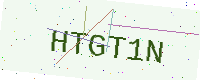
Text: HTGT1N